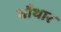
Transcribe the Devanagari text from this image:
चौथार